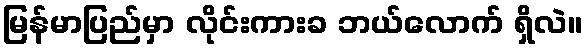
မြန်မာပြည်မှာ လိုင်းကားခ ဘယ်လောက် ရှိလဲ။